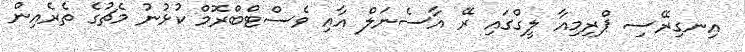
އިނގިރޭސި ޕްރިމިއާ ލީގްގައި ރޭ އާސެނަލް އާއި ވެސްޓްބްރޮމް ކުޅުނު މެޗުގެ ތެރެއިން